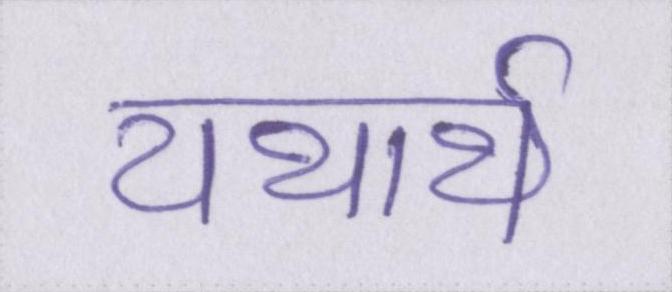
यथार्थ